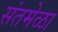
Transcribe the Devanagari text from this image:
संतमेळा